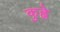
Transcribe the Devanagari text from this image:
कुह्ने